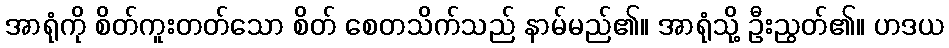
အာရုံကို စိတ်ကူးတတ်သော စိတ် စေတသိက်သည် နာမ်မည်၏။ အာရုံသို့ ဦးညွတ်၏။ ဟဒယ